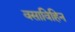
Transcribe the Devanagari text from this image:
वसाविहिन